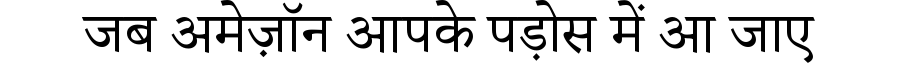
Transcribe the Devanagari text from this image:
जब अमेज़ॉन आपके पड़ोस में आ जाए